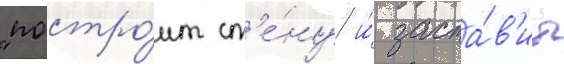
"постро́ит ст'е́ну и́ заста́в'ит